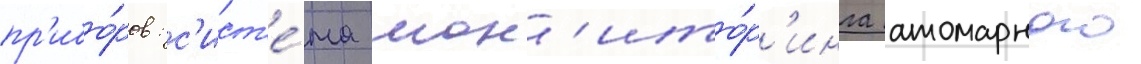
пр'ибо́ров: с'ист'е́ма мон'ито́р'инга атомарного